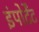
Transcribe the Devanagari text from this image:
इंपोर्टेंट